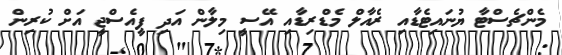
މެންޗެސްޓާ ޔުނައިޓެޑާއި ރެއާލް މެޑްރިޑާއި އޭސީ މިލާން އަދި ޕީއެސްޖީ އަށް ކުރިން